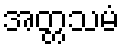
အတ္တသမံ